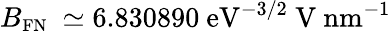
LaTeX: B_{\small\mathrm{FN}}~\simeq 6.830890~\mathrm{eV}^{-3/2}~\mathrm{V~nm}^{-1}